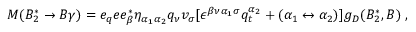
M ( B _ { 2 } ^ { * } \to B \gamma ) = e _ { q } e e _ { \beta } ^ { * } \eta _ { \alpha _ { 1 } \alpha _ { 2 } } q _ { \nu } v _ { \sigma } [ \epsilon ^ { \beta \nu { \alpha _ { 1 } } \sigma } q _ { t } ^ { \alpha _ { 2 } } + ( \alpha _ { 1 } \leftrightarrow \alpha _ { 2 } ) ] g _ { D } ( B _ { 2 } ^ { * } , B ) \; ,